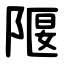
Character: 隁